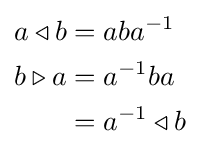
{\begin{aligned}a\triangleleft b&=aba^{-1}\\b\triangleright a&=a^{-1}ba\\&=a^{-1}\triangleleft b\end{aligned}}